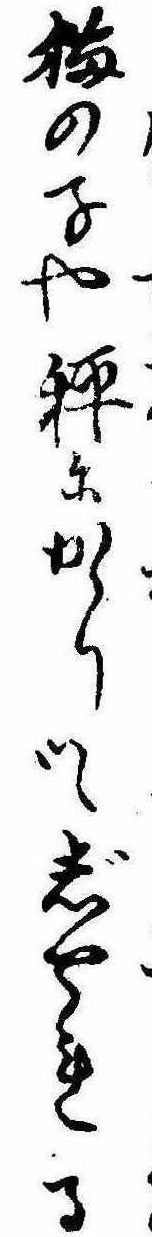
猫の子や秤にかゝりつゝじやれる